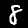
Digit: 8